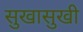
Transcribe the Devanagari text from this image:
सुखासुखी